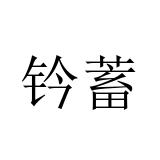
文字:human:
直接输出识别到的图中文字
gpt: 钤蓄